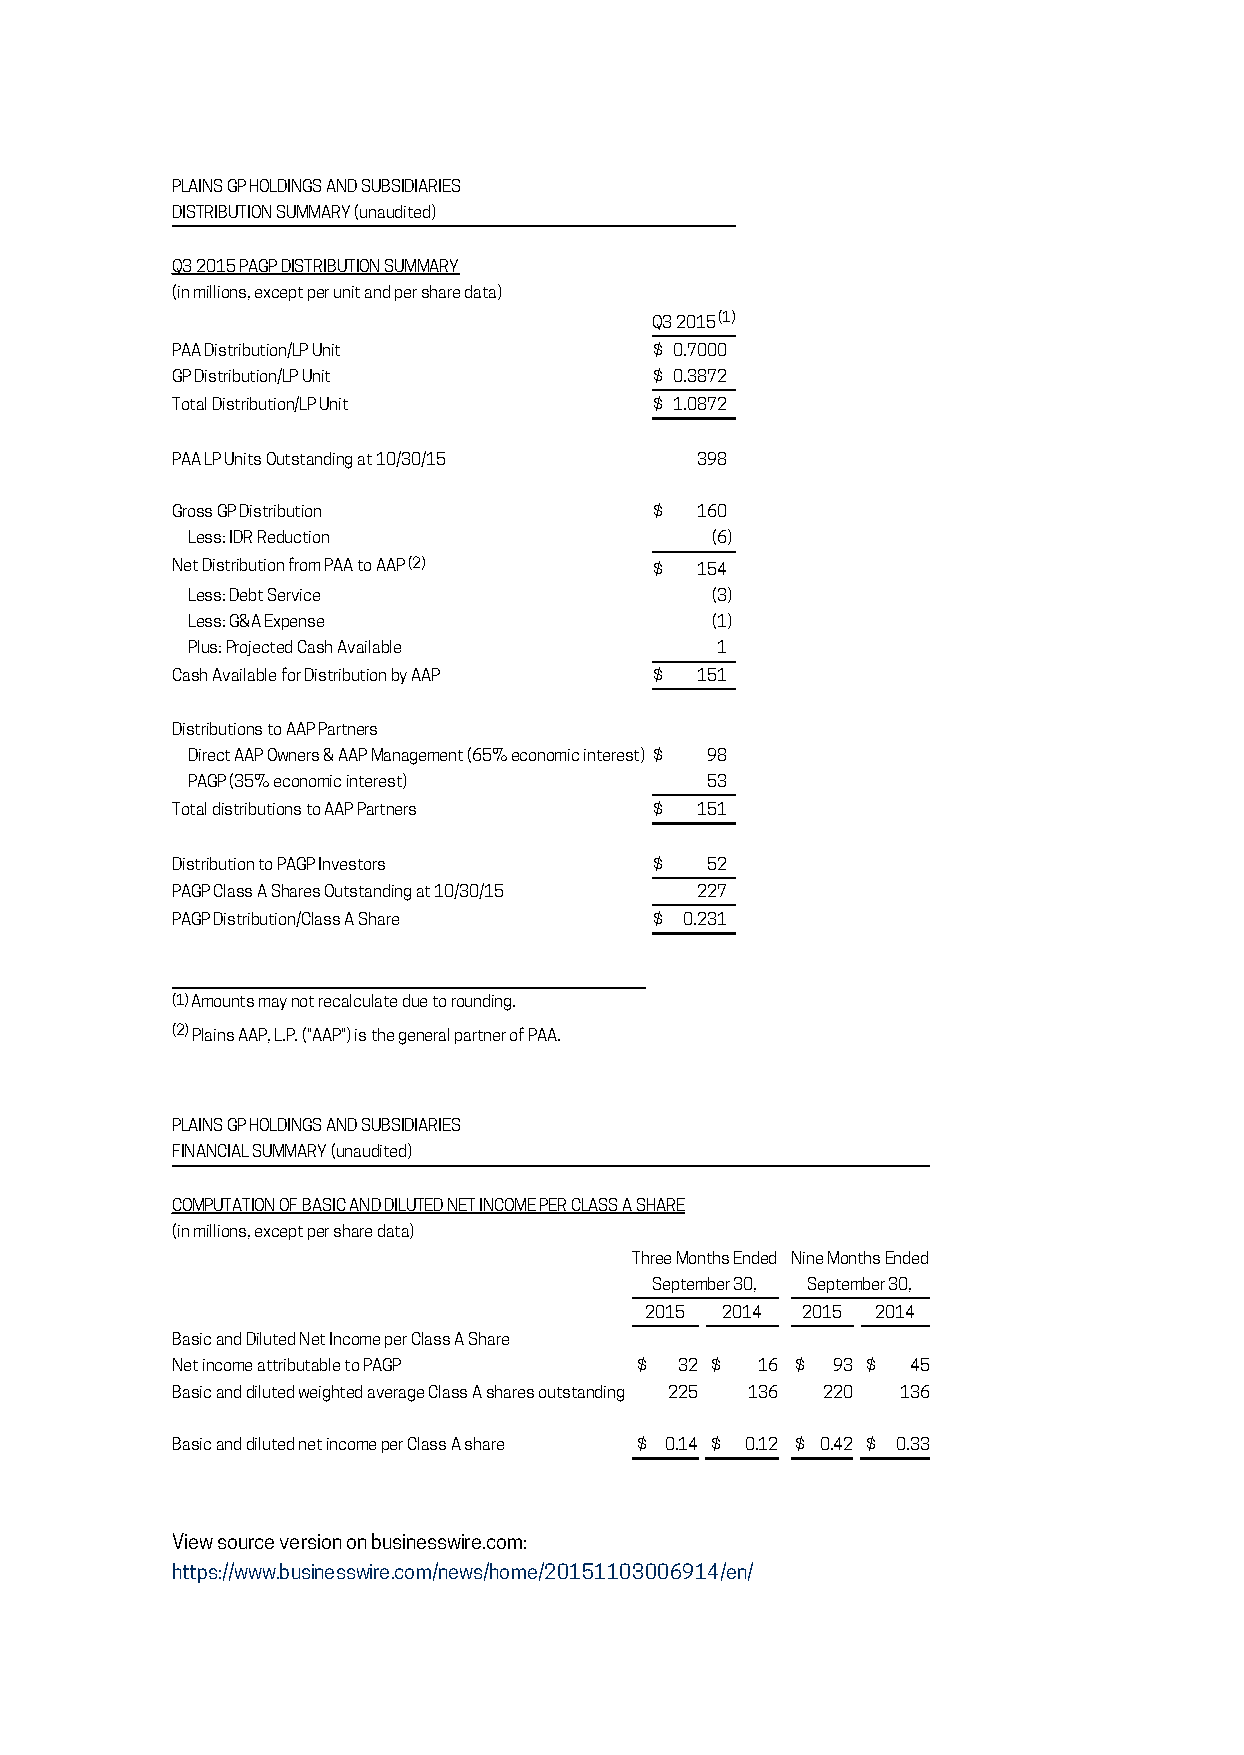
PLAINS GP HOLDINGS AND SUBSIDIARIES
 DISTRIBUTION SUMMARY (unaudited)
 Q3 2015 PAGP DISTRIBUTION SUMMARY
 (in millions, except per unit and per share data)
 Q3 2015 (1)
 PAA Distribution/LP Unit        $ 0.7000
 GP Distribution/LP Unit         $ 0.3872
 Total Distribution/LP Unit      $ 1.0872
 PAA LP Units Outstanding at 10/30/15 398
 Gross GP Distribution           $  160
 Less: IDR Reduction                (6)
 Net Distribution from PAA to AAP (2) $ 154
 Less: Debt Service                 (3)
 Less: G&A Expense                  (1)
 Plus: Projected Cash Available     1
 Cash Available for Distribution by AAP $ 151
 Distributions to AAP Partners
 Direct AAP Owners & AAP Management (65% economic interest) $ 98
 PAGP (35% economic interest)       53
 Total distributions to AAP Partners $ 151
 Distribution to PAGP Investors  $   52
 PAGP Class A Shares Outstanding at 10/30/15 227
 PAGP Distribution/Class A Share $ 0.231
 (1) Amounts may not recalculate due to rounding.
 (2) Plains AAP, L.P. ("AAP") is the general partner of PAA.
 PLAINS GP HOLDINGS AND SUBSIDIARIES
 FINANCIAL SUMMARY (unaudited)
 COMPUTATION OF BASIC AND DILUTED NET INCOME PER CLASS A SHARE
 (in millions, except per share data)
 Three Months Ended Nine Months Ended
 September 30, September 30,
 2015 2014 2015 2014
 Basic and Diluted Net Income per Class A Share
 Net income attributable to PAGP $ 32 $ 16 $ 93 $ 45
 Basic and diluted weighted average Class A shares outstanding 225 136 220 136
 Basic and diluted net income per Class A share $ 0.14 $ 0.12 $ 0.42 $ 0.33
 View source version on businesswire.com:
 https://www.businesswire.com/news/home/20151103006914/en/